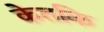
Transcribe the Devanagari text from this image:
केतकि